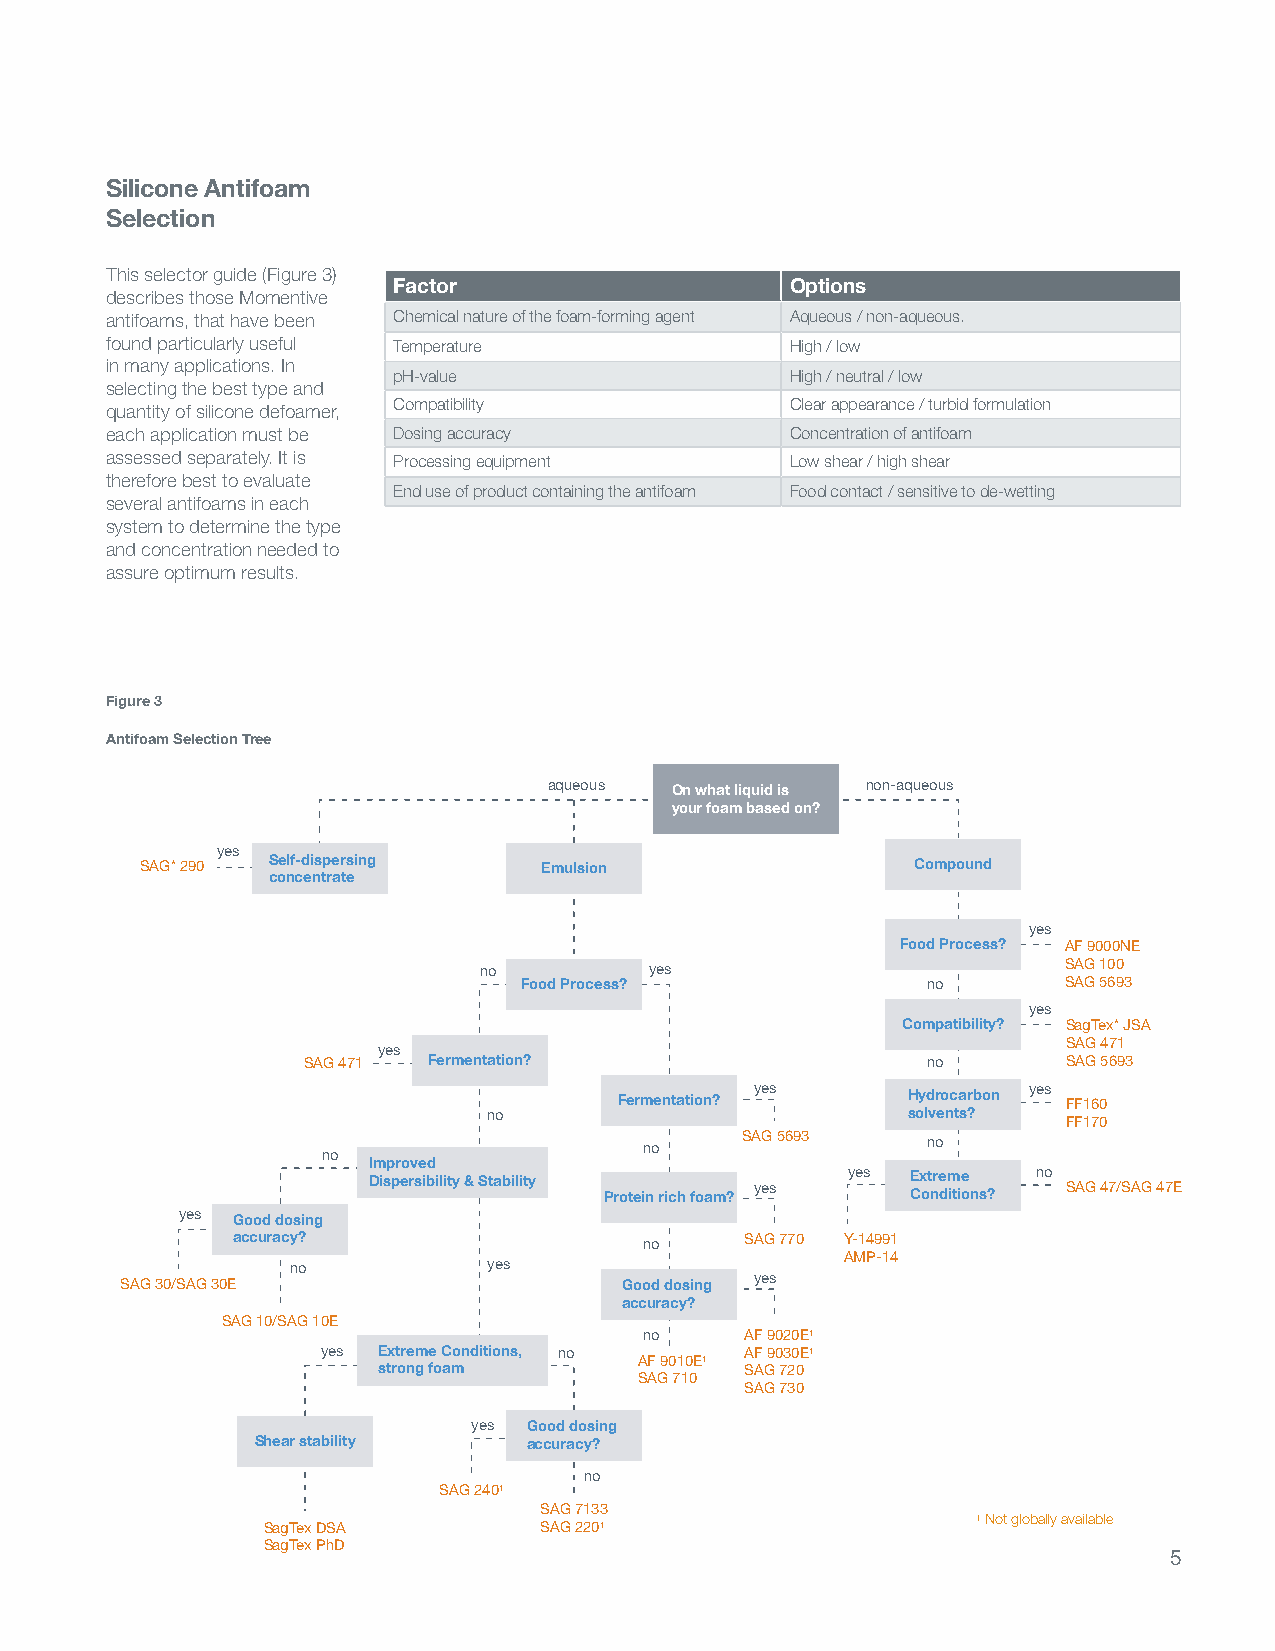
Silicone Antifoam
 Selection
 This selector guide (Figure 3)
 Factor                    Options
 describes those Momentive
 antifoams, that have been Chemical nature of the foam-forming agent Aqueous / non-aqueous.
 found particularly useful Temperature        High / low
 in many applications. In
 pH-value                  High / neutral / low
 selecting the best type and
 Compatibility             Clear appearance / turbid formulation
 quantity of silicone defoamer,
 each application must be Dosing accuracy     Concentration of antifoam
 assessed separately. It is Processing equipment Low shear / high shear
 therefore best to evaluate
 End use of product containing the antifoam Food contact / sensitive to de-wetting
 several antifoams in each
 system to determine the type
 and concentration needed to
 assure optimum results.
 Figure 3
 Antifoam Selection Tree
 aqueous On what liquid is non-aqueous
 your foam based on?
 yes
 SAG* 290 Self-dispersing   Emulsion                Compound
 concentrate
 yes
 Food Process? AF 9000NE
 no         yes                        SAG 100
 Food Process?              no       SAG 5693
 yes
 Compatibility? SagTex* JSA
 SAG 471
 yes
 SAG 471 Fermentation?                    no        SAG 5693
 yes               yes
 Fermentation?      Hydrocarbon FF160
 no                          solvents?
 FF170
 SAG 5693
 no                no
 no
 Improved
 Dispersibility & Stability Protein rich foam? yes yes E Cx ot nre dm itie ons? no SAG 47/SAG 47E
 yes Good dosing
 accuracy?                   no    SAG 770 Y-14991
 AMP-14
 no           yes
 SAG 30/SAG 30E                   Good dosing yes
 accuracy?
 SAG 10/SAG 10E
 no    AF 9020E1
 yes Extreme Conditions, no  AF 9030E1
 AF 9010E1
 strong foam             SAG 720
 SAG 710
 SAG 730
 yes Good dosing
 Shear stability   accuracy?
 no
 SAG 2401
 SAG 7133
 1 Not globally available
 SagTex DSA         SAG 2201
 SagTex PhD
 5